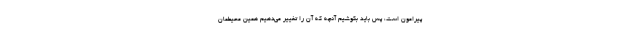
پیرامون است، پس باید بکوشیم آنچه که آن را تغییر می‌دهیم همین محیطمان